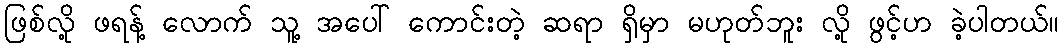
ဖြစ်လို့ ဖရန့် လောက် သူ့ အပေါ် ကောင်းတဲ့ ဆရာ ရှိမှာ မဟုတ်ဘူး လို့ ဖွင့်ဟ ခဲ့ပါတယ်။